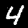
Digit: 4